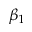
\beta _ { 1 }